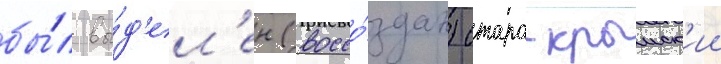
бы́л вы́д'ел'ен (воссо́здан) старо-крымск'ии